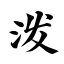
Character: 泼